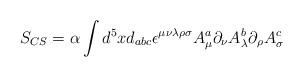
LaTeX: \begin{align*}S_{CS} = \alpha \int d^{5}x d_{abc} \epsilon^{\mu \nu \lambda \rho \sigma}A_{\mu}^a \partial_{\nu} A_{\lambda}^b \partial_{\rho} A_{\sigma}^c\end{align*}